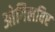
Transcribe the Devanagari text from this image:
ओगिलविए